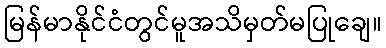
မြန်မာနိုင်ငံတွင်မူအသိမှတ်မပြုချေ။